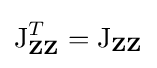
\operatorname {J} _{\mathbf {Z} \mathbf {Z} }^{T}=\operatorname {J} _{\mathbf {Z} \mathbf {Z} }